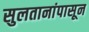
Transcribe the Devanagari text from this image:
सुलतानांपासून